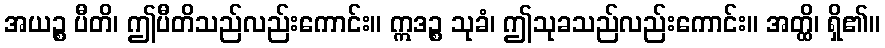
အယဉ္စ ပီတိ၊ ဤပီတိသည်လည်းကောင်း။ ဣဒဉ္စ သုခံ၊ ဤသုခသည်လည်းကောင်း။ အတ္ထိ၊ ရှိ၏။